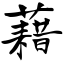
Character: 藉